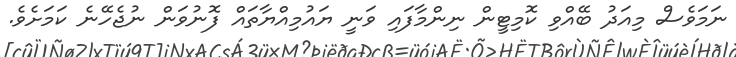
ނަމަވެސް މިއަދު ބޭއްވި ކޮމިޓީން ނިންމާފައި ވަނީ ޔައުމިއްޔާތައް ފޮނުވަން ނުޖެހޭނެ ކަމަށެވެ.